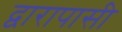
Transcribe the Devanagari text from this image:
द्वारापासी